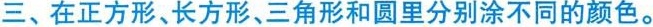
三、在正方形、长方形、三角形和圆里分别涂不同的颜色。